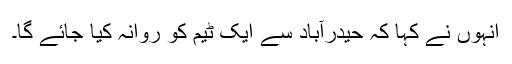
انہوں نے کہا کہ حیدرآباد سے ایک ٹیم کو روانہ کیا جائے گا۔